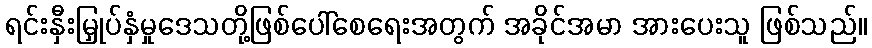
ရင်းနှီးမြှုပ်နှံမှုဒေသတို့ဖြစ်ပေါ်စေရေးအတွက် အခိုင်အမာ အားပေးသူ ဖြစ်သည်။